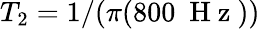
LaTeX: T_{2}=1/(\pi(800~\mathrm{~H~z~}))